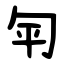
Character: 匉